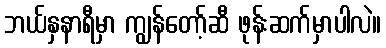
ဘယ်နှနာရီမှာ ကျွန်တော့်ဆီ ဖုန်းဆက်မှာပါလဲ။